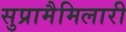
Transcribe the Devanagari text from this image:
सुप्रामैमिलारी